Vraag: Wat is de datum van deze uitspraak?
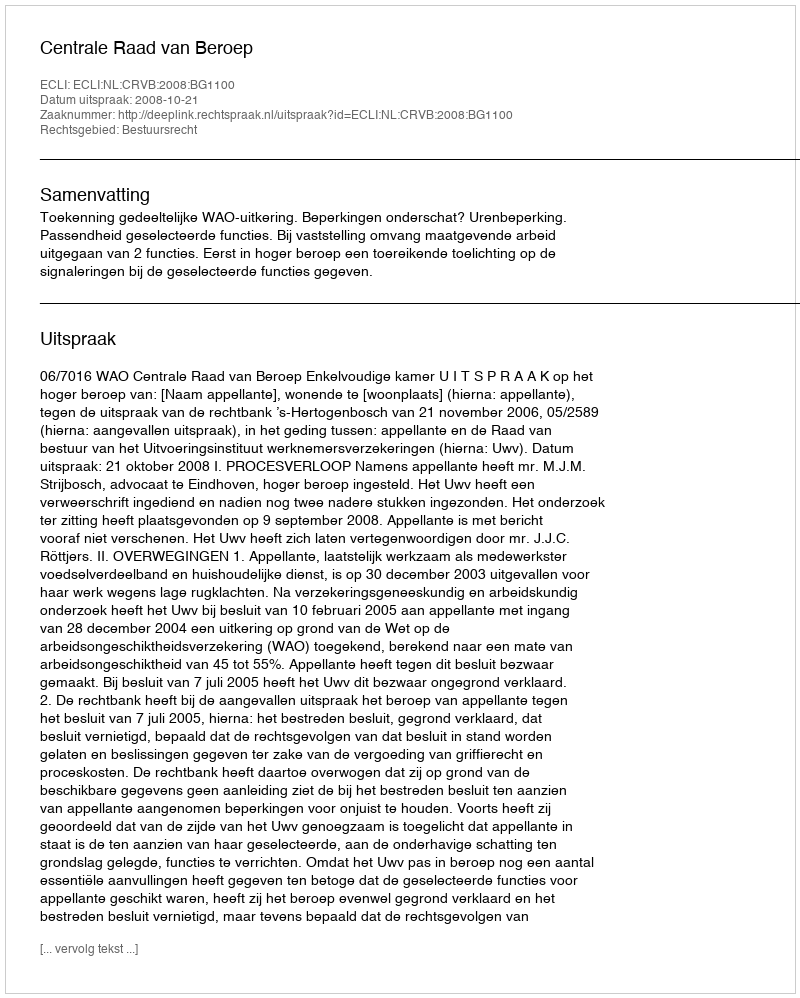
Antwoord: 2008-10-21